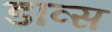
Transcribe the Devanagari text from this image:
डाव्स